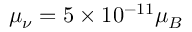
\mu _ { \nu } = 5 \times 1 0 ^ { - 1 1 } \mu _ { B }